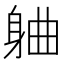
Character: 𬧣